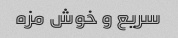
سریع و خوش مزه